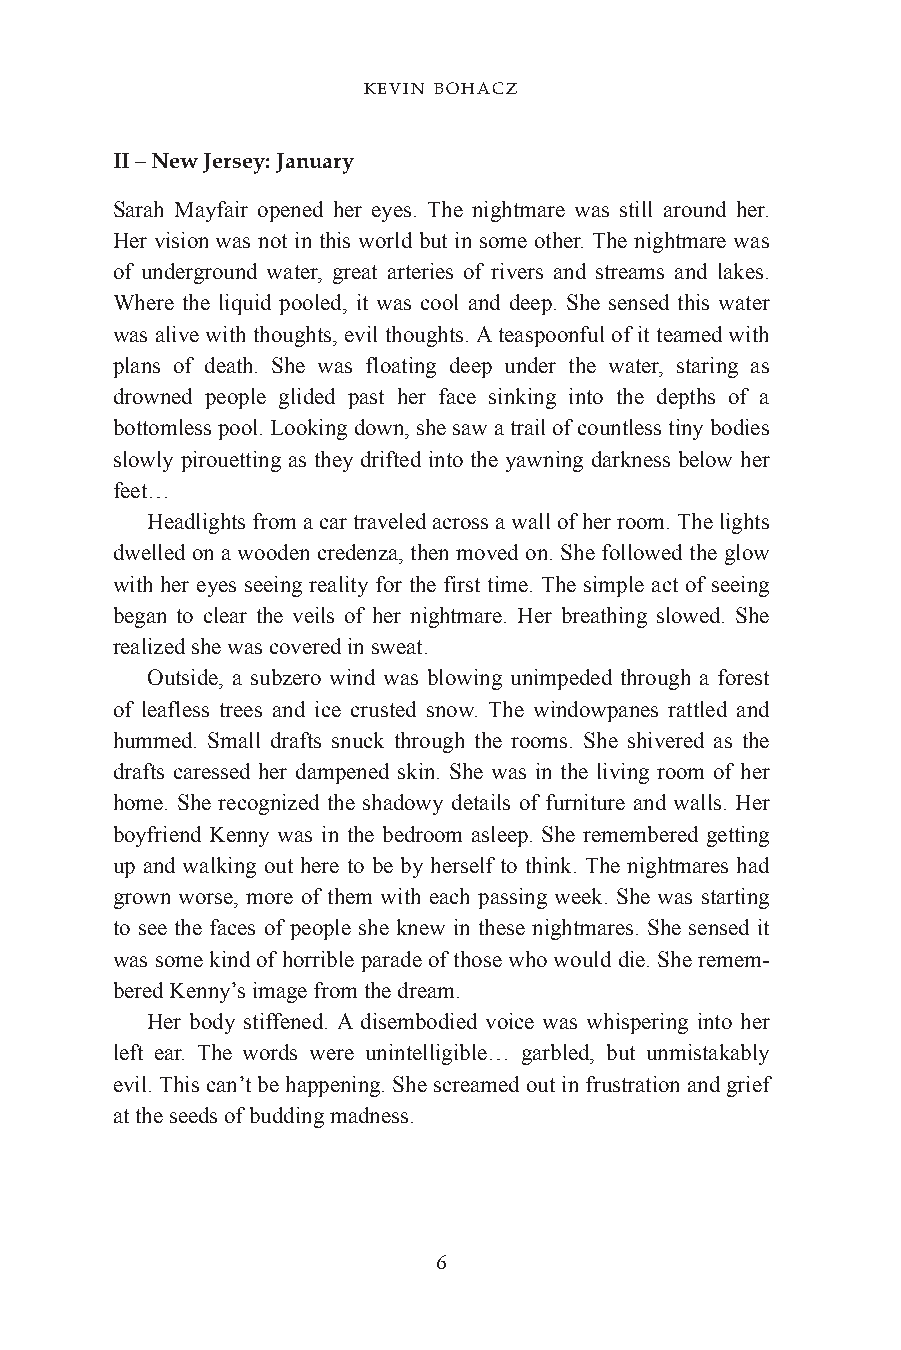
KEVIN BOHACZ
 II – New Jersey: January
 Sarah Mayfair opened her eyes. The nightmare was still around her.
 Her vision was not in this world but in some other. The nightmare was
 of underground water, great arteries of rivers and streams and lakes.
 Where the liquid pooled, it was cool and deep. She sensed this water
 was alive with thoughts, evil thoughts. A teaspoonful of it teamed with
 plans of death. She was floating deep under the water, staring as
 drowned people glided past her face sinking into the depths of a
 bottomless pool. Looking down, she saw a trail of countless tiny bodies
 slowly pirouetting as they drifted into the yawning darkness below her
 feet…
 Headlights from a car traveled across a wall of her room. The lights
 dwelled on a wooden credenza, then moved on. She followed the glow
 with her eyes seeing reality for the first time. The simple act of seeing
 began to clear the veils of her nightmare. Her breathing slowed. She
 realized she was covered in sweat.
 Outside, a subzero wind was blowing unimpeded through a forest
 of leafless trees and ice crusted snow. The windowpanes rattled and
 hummed. Small drafts snuck through the rooms. She shivered as the
 drafts caressed her dampened skin. She was in the living room of her
 home. She recognized the shadowy details of furniture and walls. Her
 boyfriend Kenny was in the bedroom asleep. She remembered getting
 up and walking out here to be by herself to think. The nightmares had
 grown worse, more of them with each passing week. She was starting
 to see the faces of people she knew in these nightmares. She sensed it
 was some kind of horrible parade of those who would die. She remem-
 bered Kenny’s image from the dream.
 Her body stiffened. A disembodied voice was whispering into her
 left ear. The words were unintelligible… garbled, but unmistakably
 evil. This can’t be happening. She screamed out in frustration and grief
 at the seeds of budding madness.
 6